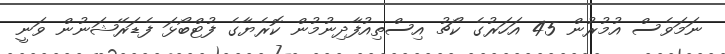
ނަމަވެސް އުމުރުން 45 އަހަރުގެ ކޯޗު އިސްތިއުފާދިނުމުން ކޮރެޔާގެ ފުޓްބޯޅަ ފެޑަރޭޝަނުން ވަނީ